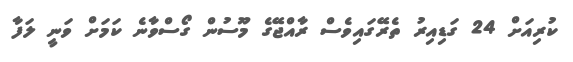
ކުރިއަށް 24 ގަޑިއިރު ތެރޭގައިވެސް ރާއްޖޭގެ މޫސުން ގޯސްވާނެ ކަމަށް ވަނީ ލަފާ